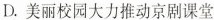
D.美丽校园大力推动京剧课堂